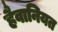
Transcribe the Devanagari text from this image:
हैवानियत